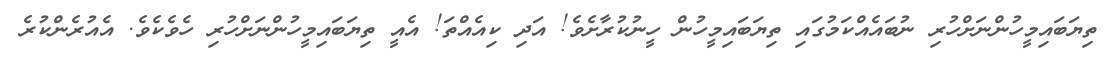
ތިޔަބައިމީހުންނަށްހުރި ނުބައެއްކަމުގައި ތިޔަބައިމީހުން ހީނުކުރާށެވެ! އަދި ކިއެއްތަ! އެއީ ތިޔަބައިމީހުންނަށްހުރި ހެވެކެވެ. އެއުރެންކުރެ